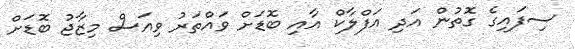
ސިފައިގެ ގޮތުން އަދި އަފްލާކް އާއި ބޮޑަށް ވައްތަރު ވިއަސް މިޒާޖު ބޮޑަށް